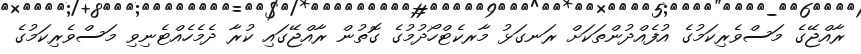
ރާއްޖޭގެ މަސްވެރިކަމުގެ އުފެއްދުންތަކަށް ރަނގަޅު މާރކެޓްހޯދުމުގެ ގޮތުން ރާއްޖޭގައި ކުރާ ދެމެހެއްޓެނިވި މަސްވެރިކަމުގެ